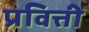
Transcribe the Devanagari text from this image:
प्रवित्ती